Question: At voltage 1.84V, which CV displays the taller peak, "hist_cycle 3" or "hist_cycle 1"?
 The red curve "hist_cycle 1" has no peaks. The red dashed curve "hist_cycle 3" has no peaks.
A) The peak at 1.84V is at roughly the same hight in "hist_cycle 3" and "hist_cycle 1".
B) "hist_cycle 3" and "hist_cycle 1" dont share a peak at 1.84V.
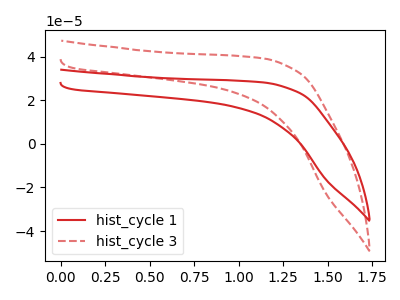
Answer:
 <answer>B) "hist_cycle 3" and "hist_cycle 1" dont share a peak at 1.84V.</answer>
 <eval>B</eval>